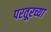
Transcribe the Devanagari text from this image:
परतूरच्या